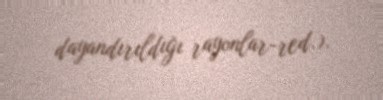
dayandırıldığı rayonlar-red.).